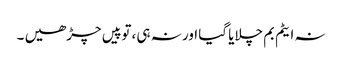
نہ ایٹم بم چلایا گیا اور نہ ہی ،توپیں چڑھیں ۔